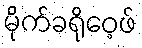
မိုက်ခရိုဝေ့ဖ်